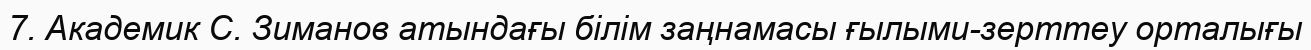
7. Академик С. Зиманов атындағы білім заңнамасы ғылыми-зерттеу орталығы